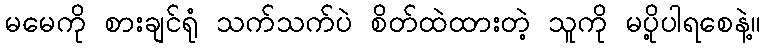
မမေကို စားချင်ရုံ သက်သက်ပဲ စိတ်ထဲထားတဲ့ သူကို မပို့ပါရစေနဲ့။